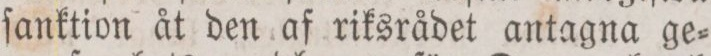
ſanktion åt den af riksrådet antagna ge=